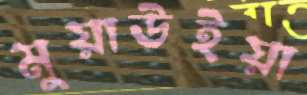
মুয়াউইয়া